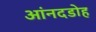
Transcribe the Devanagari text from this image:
आंनदडोह